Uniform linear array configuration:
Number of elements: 12
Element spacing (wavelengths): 0.75
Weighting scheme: binomial
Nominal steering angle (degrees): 30
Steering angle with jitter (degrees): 31.641
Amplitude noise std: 0.05
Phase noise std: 0.05

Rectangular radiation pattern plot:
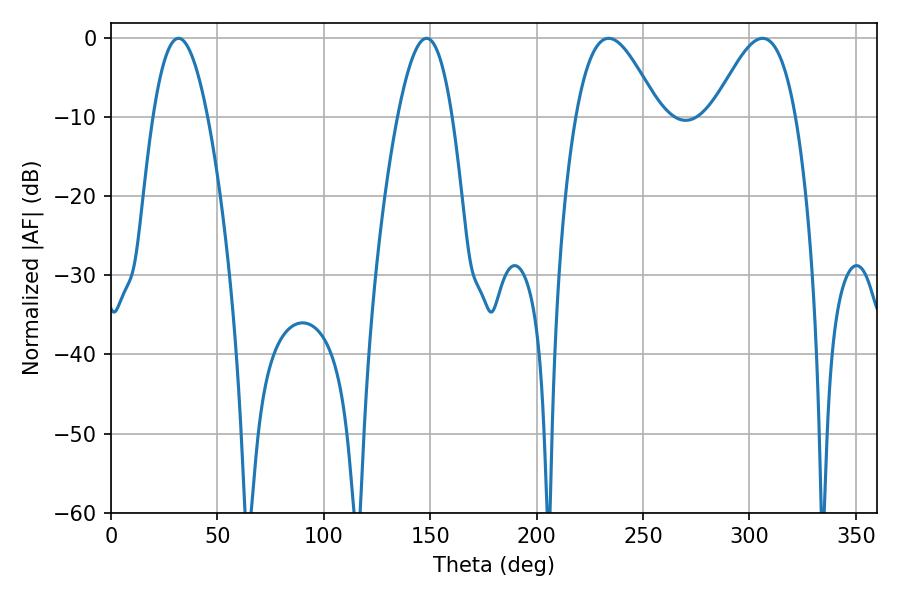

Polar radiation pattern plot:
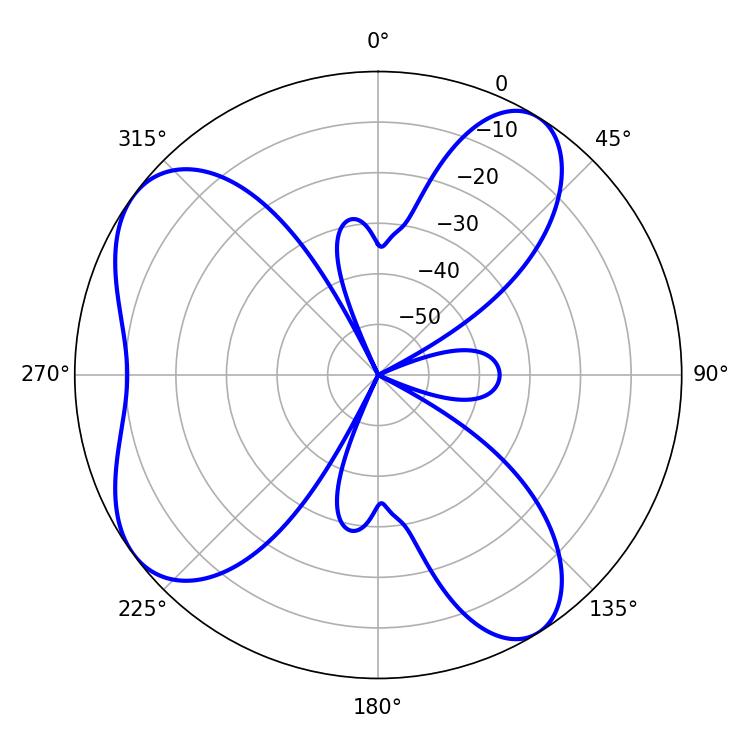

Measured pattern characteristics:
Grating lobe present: TRUE
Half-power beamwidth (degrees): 20.88
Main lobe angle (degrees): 233.82